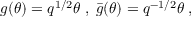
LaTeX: g ( \theta ) = q ^ { 1 / 2 } \theta \; , \; \bar { g } ( \theta ) = q ^ { - 1 / 2 } \theta \; ,